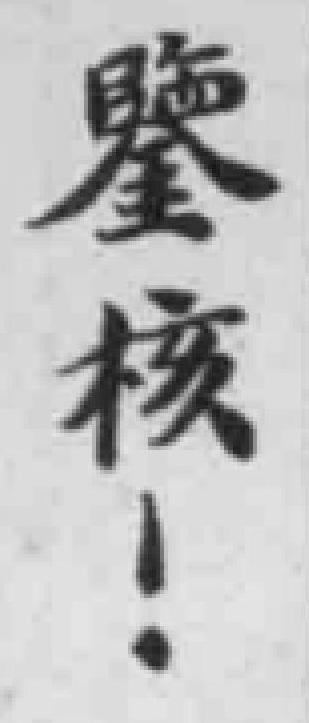
鑒核！